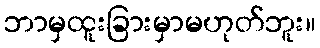
ဘာမှထူးခြားမှာမဟုတ်ဘူး။